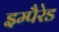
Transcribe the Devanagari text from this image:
इम्पैरेड